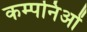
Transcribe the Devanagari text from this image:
कम्पनिओं